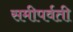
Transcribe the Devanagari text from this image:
समीपर्वती